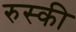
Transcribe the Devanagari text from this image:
रुस्की